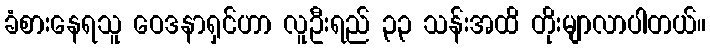
ခံစားနေရသူ ဝေဒနာရှင်ဟာ လူဦးရည် ၃၃ သန်းအထိ တိုးမျာလာပါတယ်။